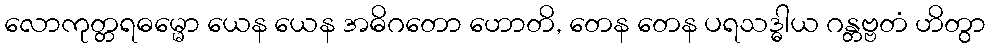
လောကုတ္တရဓမ္မော ယေန ယေန အဓိဂတော ဟောတိ, တေန တေန ပရသဒ္ဓါယ ဂန္တဗ္ဗတံ ဟိတွာ